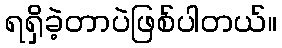
ရရှိခဲ့တာပဲဖြစ်ပါတယ်။